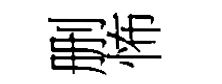
删怖